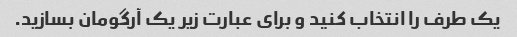
یک طرف را انتخاب کنید و برای عبارت زیر یک آرگومان بسازید.